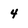
Character: 4